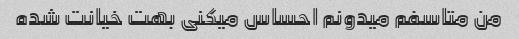
من متاسفم میدونم احساس میکنی بهت خیانت شده